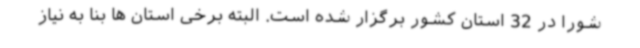
شورا در 32 استان کشور برگزار شده است. البته برخی استان ها بنا به نیاز